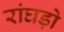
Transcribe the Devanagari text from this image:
रांघड़ो